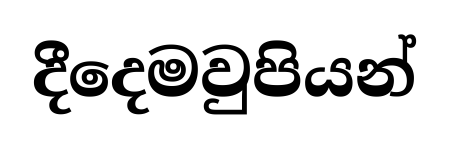
දීදෙමවුපියන්